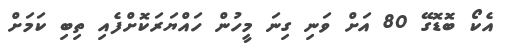
އެކޯ ބޮޑޮގޭ 80 އަށް ވަނި ގިނަ މީހުން ހައްޔަރަކޮށްފެއި ތިބި ކަމަށް